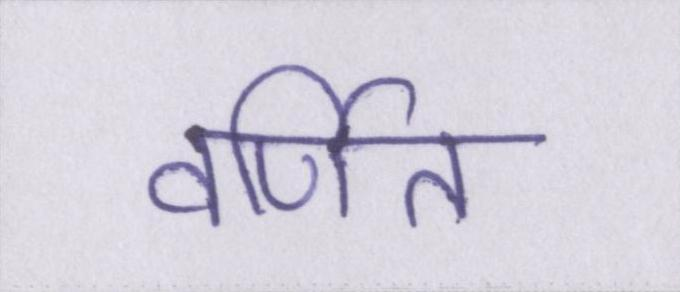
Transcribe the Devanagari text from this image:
वर्णित